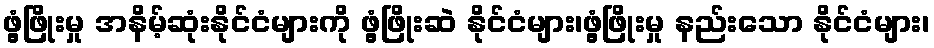
ဖွံ့ဖြိုးမှု အနိမ့်ဆုံးနိုင်ငံများကို ဖွံ့ဖြိုးဆဲ နိုင်ငံများ၊ဖွံ့ဖြိုးမှု နည်းသော နိုင်ငံများ၊